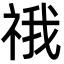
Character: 䄉